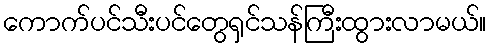
ကောက်ပင်သီးပင်တွေရှင်သန်ကြီးထွားလာမယ်။